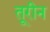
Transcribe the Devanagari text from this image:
तूरीन